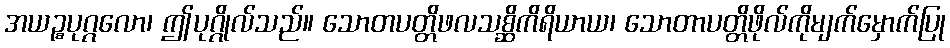
အယဉ္စပုဂ္ဂလော၊ ဤပုဂ္ဂိုလ်သည်။ သောတပတ္တိဖလသစ္ဆိကိရိယာယ၊ သောတာပတ္တိဖိုလ်ကိုမျက်မှောက်ပြု